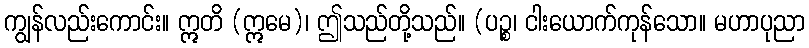
ကျွန်လည်းကောင်း။ ဣတိ (ဣမေ)၊ ဤသည်တို့သည်။ (ပဉ္စ၊ ငါးယောက်ကုန်သော။ မဟာပုညာ